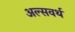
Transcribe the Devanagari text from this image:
अल्सवर्थ